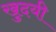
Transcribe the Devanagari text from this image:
खुदयी